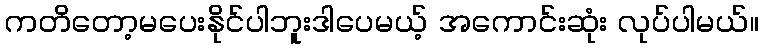
ကတိတော့မပေးနိုင်ပါဘူးဒါပေမယ့် အကောင်းဆုံး လုပ်ပါမယ်။